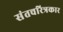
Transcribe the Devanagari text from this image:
संतचरित्रकार